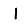
Digit: 1